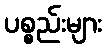
ပစ္စည်းများ